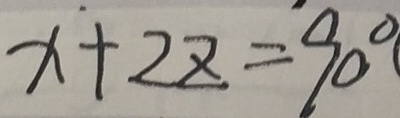
x + 2 z = 9 0 ^ { \circ }